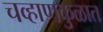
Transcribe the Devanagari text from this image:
चव्हाणकुळात